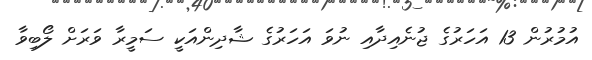
އުމުރުން 13 އަހަރުގެ ޖުނެއިދާއި ނުވަ އަހަރުގެ ޝާދިންއަކީ ސަމީރާ ވަރަށް ލޯބިވާ